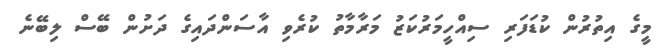
މީގެ އިތުރުން ކުޑަފަރި ސިއްހީމަރުކަޒު މަރާމާތު ކުރެވި އާސަންދައިގެ ދަށުން ބޭސް ލިބޭނެ